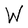
Character: W